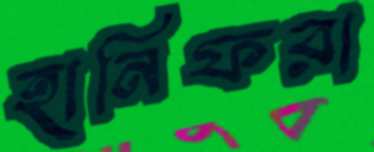
হানিফরা